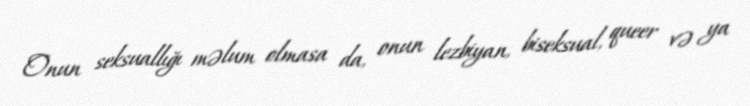
Onun seksuallığı məlum olmasa da, onun lezbiyan, biseksual, queer və ya